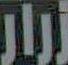
زرار